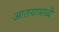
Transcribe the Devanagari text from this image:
आतयामध्ये